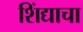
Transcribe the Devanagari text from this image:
शिंद्याचा